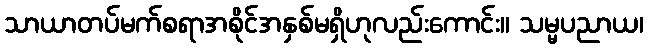
သာယာတပ်မက်စရာအစိုင်အနှစ်မရှိဟုလည်းကောင်း။ သမ္မပညာယ၊